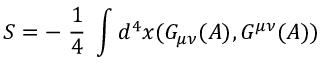
S = - \; \frac { 1 } { 4 } \; \int d ^ { 4 } x ( G _ { \mu \nu } ( { \cal A } ) , G ^ { \mu \nu } ( { \cal A } ) )